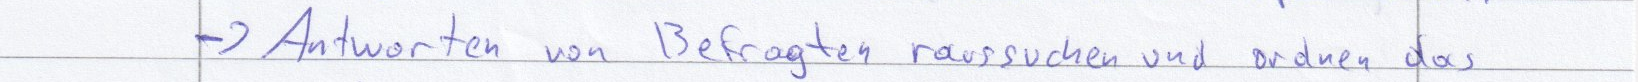
-> Antworten von Befragten raussuchen und ordnen das